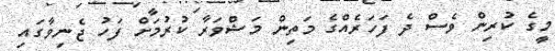
މީގެ ކުރިން ވެސް ދެ ފަހަރެއްގެ މަތިން މަޝްވަރާ ކުރުމަށް ފަހު ޖެނިވާގައި